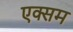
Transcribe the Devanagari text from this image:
एक्सम